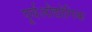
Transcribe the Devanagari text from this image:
पूर्वऔद्योगिक